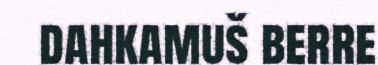
dahkamuš berre